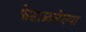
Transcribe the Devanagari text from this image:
फेटाळलेल्या